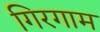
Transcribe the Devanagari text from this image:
गिरगाम